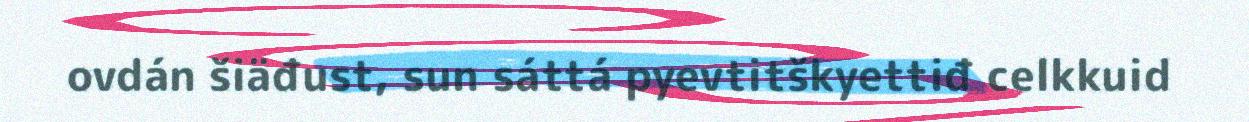
ovdán šiäđust, sun sáttá pyevtitškyettiđ celkkuid